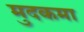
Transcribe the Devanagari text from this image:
मुदकमा